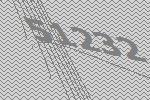
51232